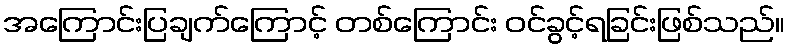
အကြောင်းပြချက်ကြောင့် တစ်ကြောင်း ဝင်ခွင့်ရခြင်းဖြစ်သည်။